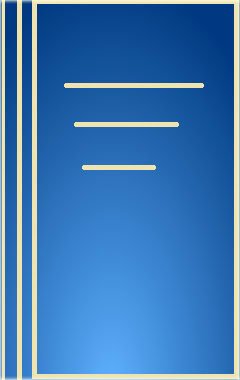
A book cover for Operative Dentistry Modern Theory and Practice (Ishiyaku Euramerica Dental Series); M. A. Marzouk; Medical Books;